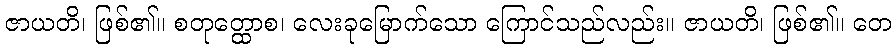
ဇာယတိ၊ ဖြစ်၏။ စတုတ္ထောစ၊ လေးခုမြောက်သော ကြောင်သည်လည်း။ ဇာယတိ၊ ဖြစ်၏။ တေ